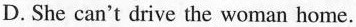
D.She can't drive the woman home.